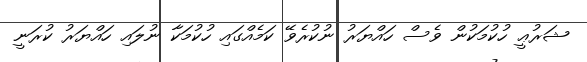
ޝަރުޢީ ހުކުމަކުން ވެސް ހައްޔަރު ނުކުރެވޭ ކަމެއްގައި ހުކުމަކާ ނުލައި ހައްޔަރު ކުރަނީ